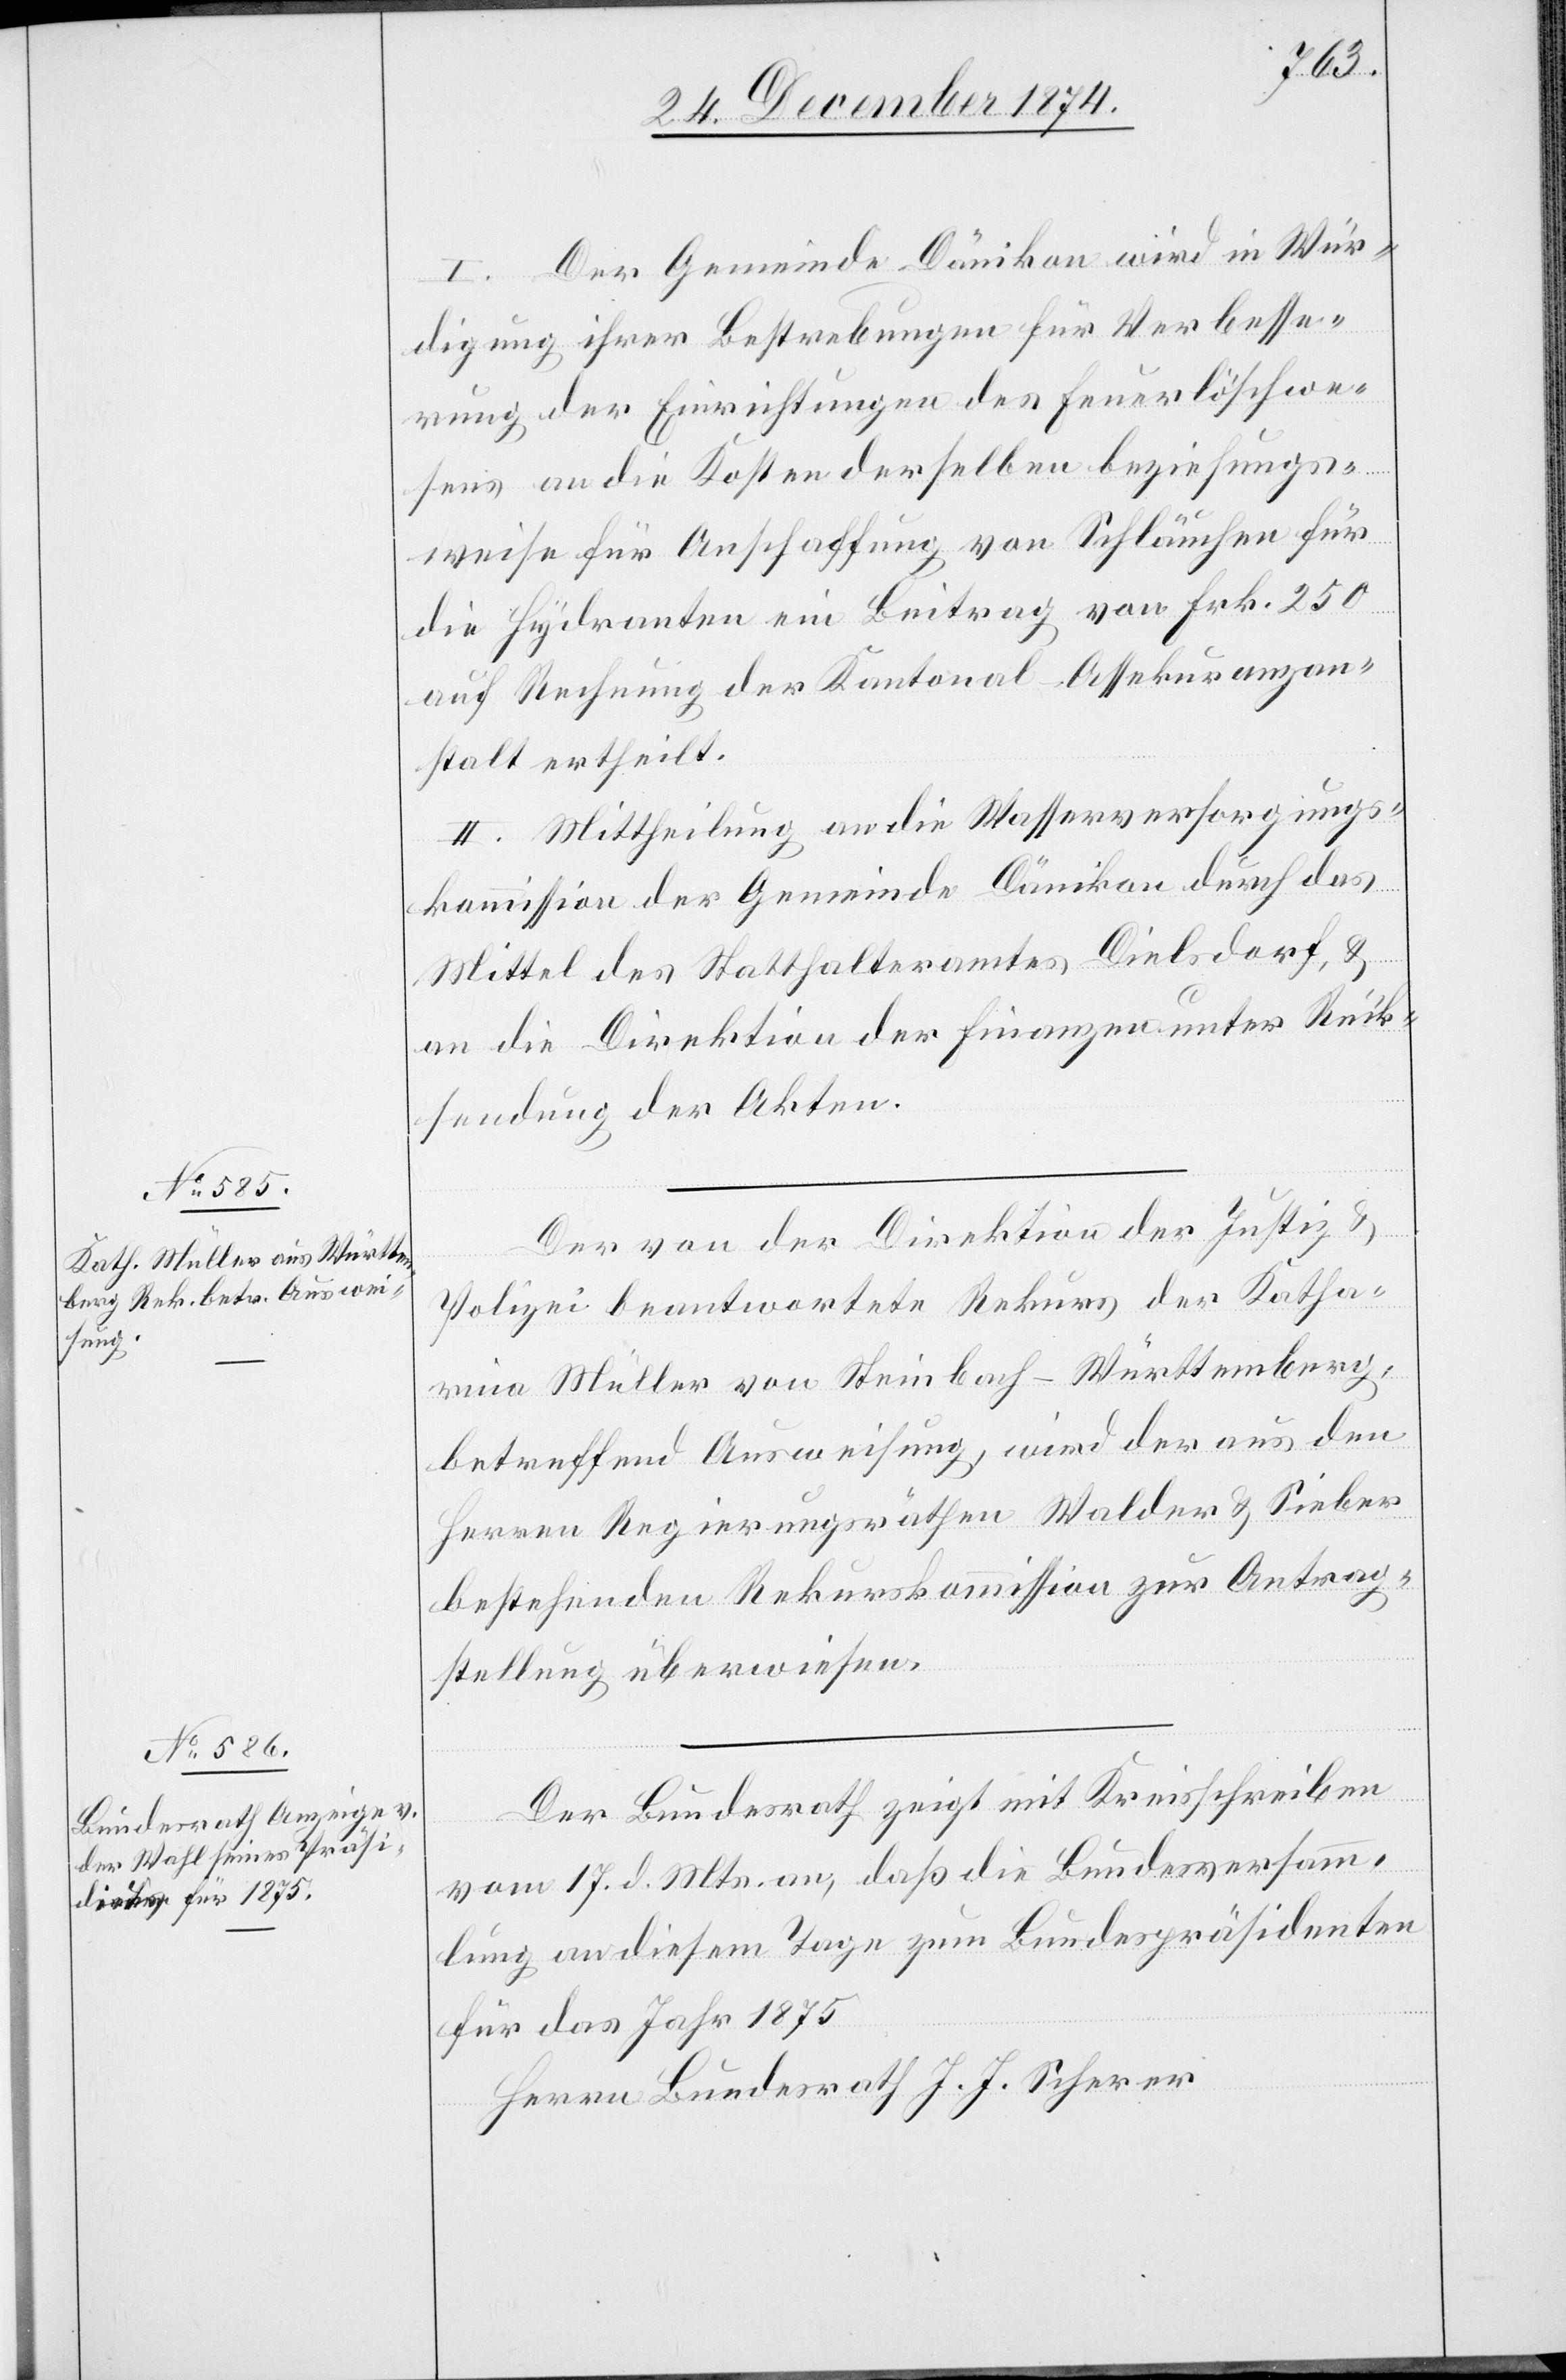
I. Der Gemeinde Dänikon wird in Wür¬
digung ihrer Bestrebungen für Verbesse¬
rung der Einrichtungen des Feuerlöschwe¬
sens an die Kosten derselben beziehungs¬
weise für Anschaffung von Schläuchen für
die Hydranten ein Beitrag von Frk. 250
auf Rechnung der Kantonal-Assekuranzan¬
stalt ertheilt.
II. Mittheilung an die Wasserversorgungs¬
kommission der Gemeinde Dänikon durch das
Mittel des Statthalteramtes Dielsdorf, &
an die Direktion der Finanzen unter Rück¬
sendung der Akten.
Der von der Direktion der Justiz &
Polizei beantwortete Rekurs der Katha¬
rina Müller von Steinbach - Württemberg,
betreffend Ausweisung, wird der aus den
Herren Regierungsräthen Walder & Sieber
bestehenden Rekurskommission zur Antrag¬
stellung überwiesen.
Der Bundesrath zeigt mit Kreisschreiben
vom 17. d. Mts. an, daß die Bundesversamm¬
lung an diesem Tage zum Bundespräsidenten
für das Jahr 1875
Herrn Bundesrath J. J. Scherer